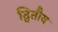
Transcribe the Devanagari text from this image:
द्वितौय